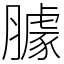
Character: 臄